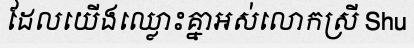
ដែលយើងឈ្លោះគ្នាអស់លោកស្រី Shu